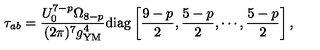
\tau _ { a b } = \frac { U _ { 0 } ^ { 7 - p } \Omega _ { 8 - p } } { ( 2 \pi ) ^ { 7 } g _ { \mathrm { Y M } } ^ { 4 } } \mathrm { d i a g } \left[ \frac { 9 - p } { 2 } , \frac { 5 - p } { 2 } , \cdots , \frac { 5 - p } { 2 } \right] ,